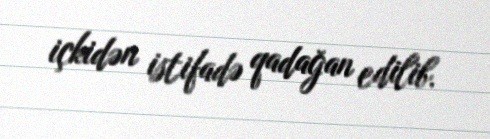
içkidən istifadə qadağan edilib.